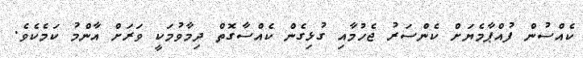
ކެއްސުން ފުއްޕާމެޔަށް ކެންސަރު ޖެހުމާއި ގުޅިގެން ކެއްސާގޮތް ދިމާވުމަކީ ވަރަށް އާންމު ކަމެކެވެ.